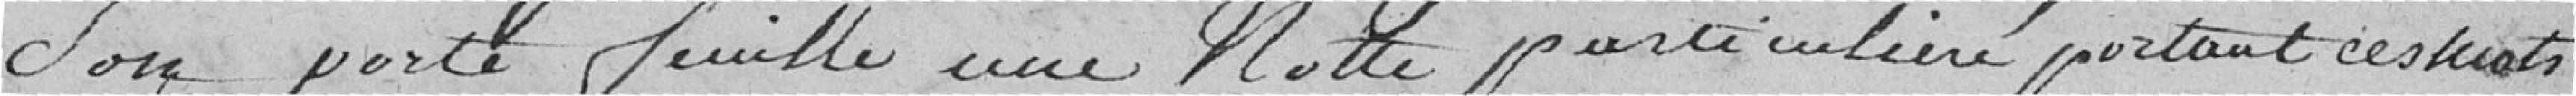
son portefeuille une note particulière portant ces mots: